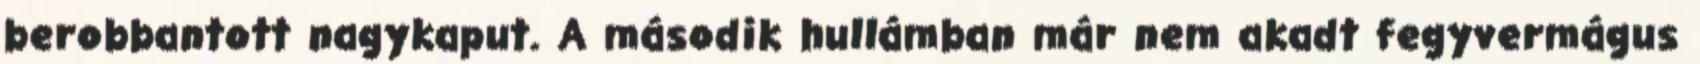
berobbantott nagykaput. A második hullámban már nem akadt fegyvermágus